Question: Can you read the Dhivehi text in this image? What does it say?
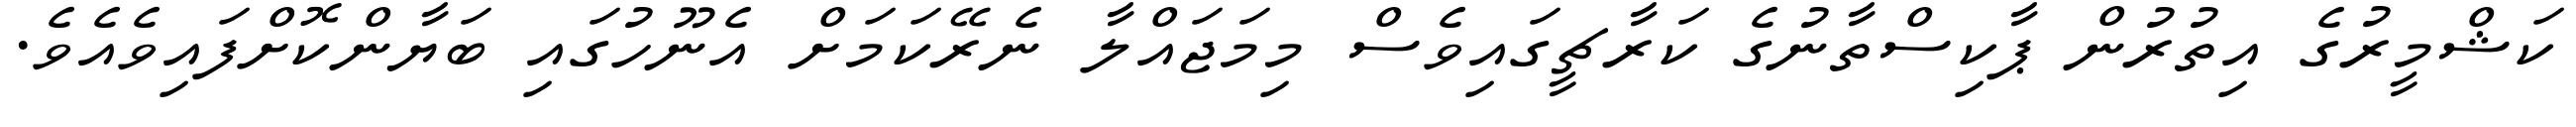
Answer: ކަޝްމީރުގެ އިތުރުން ޕާކިސްތާނުގެ ކަރާޗީގައިވެސް މިމަޖައްލާ ނެރޭކަމަށް އެނޫހުގައި ބަޔާންކޮށްފައިވެއެވެ.